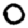
Digit: 0